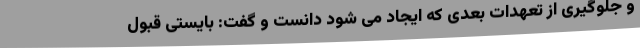
و جلوگیری از تعهدات بعدی که ایجاد می شود دانست و گفت: بایستی قبول